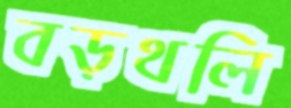
বড়থলি